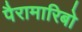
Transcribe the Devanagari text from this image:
पैरामारिबो